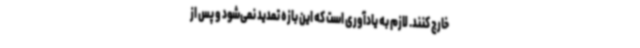
خارج کنند. لازم به یادآوری است که این بازه تمدید نمی‌شود و پس‌ از